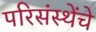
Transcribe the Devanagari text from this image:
परिसंस्थेंचे